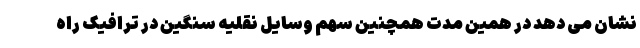
نشان می دهد در همین مدت همچنین سهم وسایل نقلیه سنگین در ترافیک راه